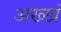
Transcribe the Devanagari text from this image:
अख्खं